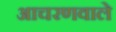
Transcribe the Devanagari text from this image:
आचरणवाले